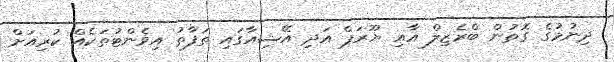
ދިނުމުގެ ގޮތުން ބްރެޒިލް އާއި ޔޫރަޕް އަދި އޭޝިއާގައި ތަފާތު އިވެންޓުތަކެއް ކުރިއަށް